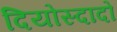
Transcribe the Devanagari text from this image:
दियोस्दादो